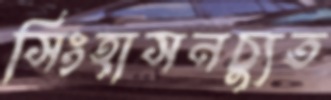
সিংহাসনচ্যুত